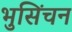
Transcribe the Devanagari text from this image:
भुसिंचन